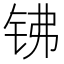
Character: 𰽱